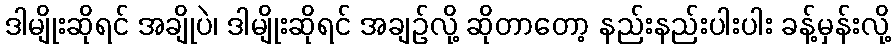
ဒါမျိုးဆိုရင် အချိုပဲ၊ ဒါမျိုးဆိုရင် အချဉ်လို့ ဆိုတာတော့ နည်းနည်းပါးပါး ခန့်မှန်းလို့